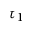
\tau _ { 1 }